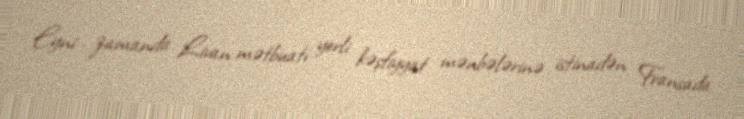
Eyni zamanda Livan mətbuatı yerli kəşfiyyat mənbələrinə istinadən Fransada